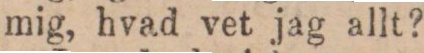
mig, hvad vet jag allt?